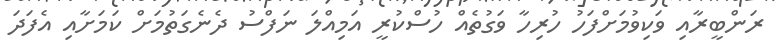
ރަންބީރާއި ވަކިވުމަށްފަހު ހުރިހާ ވަގުތެއް ހުސްކުރީ އަމިއްލަ ނަފްސު ދެނެގަތުމަށް ކަމަށާއި އެފަދަ